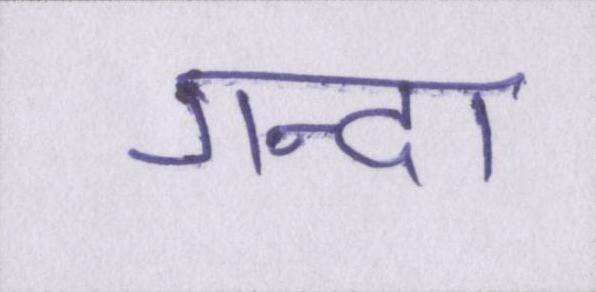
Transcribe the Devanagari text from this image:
गन्दा